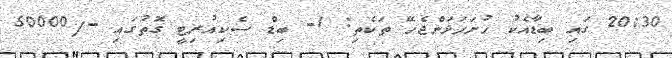
20:30 ގައި ބިޑާއެކު ހުށަހަޅަންޖެހޭ ތަކެތި: 1- ބިޑް ސެކިއުރިޓީ ގޮތުގައި -/50000